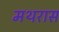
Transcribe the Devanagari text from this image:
मथरास